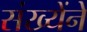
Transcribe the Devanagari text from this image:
संख्येंने